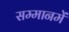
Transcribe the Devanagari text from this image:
सम्मानमें